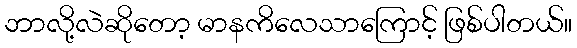
ဘာလို့လဲဆိုတော့ မာနကိလေသာကြောင့် ဖြစ်ပါတယ်။